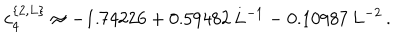
c _ { 4 } ^ { \{ 2 , L \} } \approx - 1 . 7 4 2 2 6 + 0 . 5 9 4 8 2 \, L ^ { - 1 } - 0 . 1 0 9 8 7 \, L ^ { - 2 } \, .